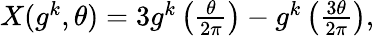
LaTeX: \begin{array}{r}{X(g^{k},\theta)=3g^{k}\left(\frac{\theta}{2\pi}\right)-g^{k}\left(\frac{3\theta}{2\pi}\right),}\end{array}